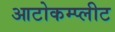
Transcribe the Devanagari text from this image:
आटोकम्प्लीट